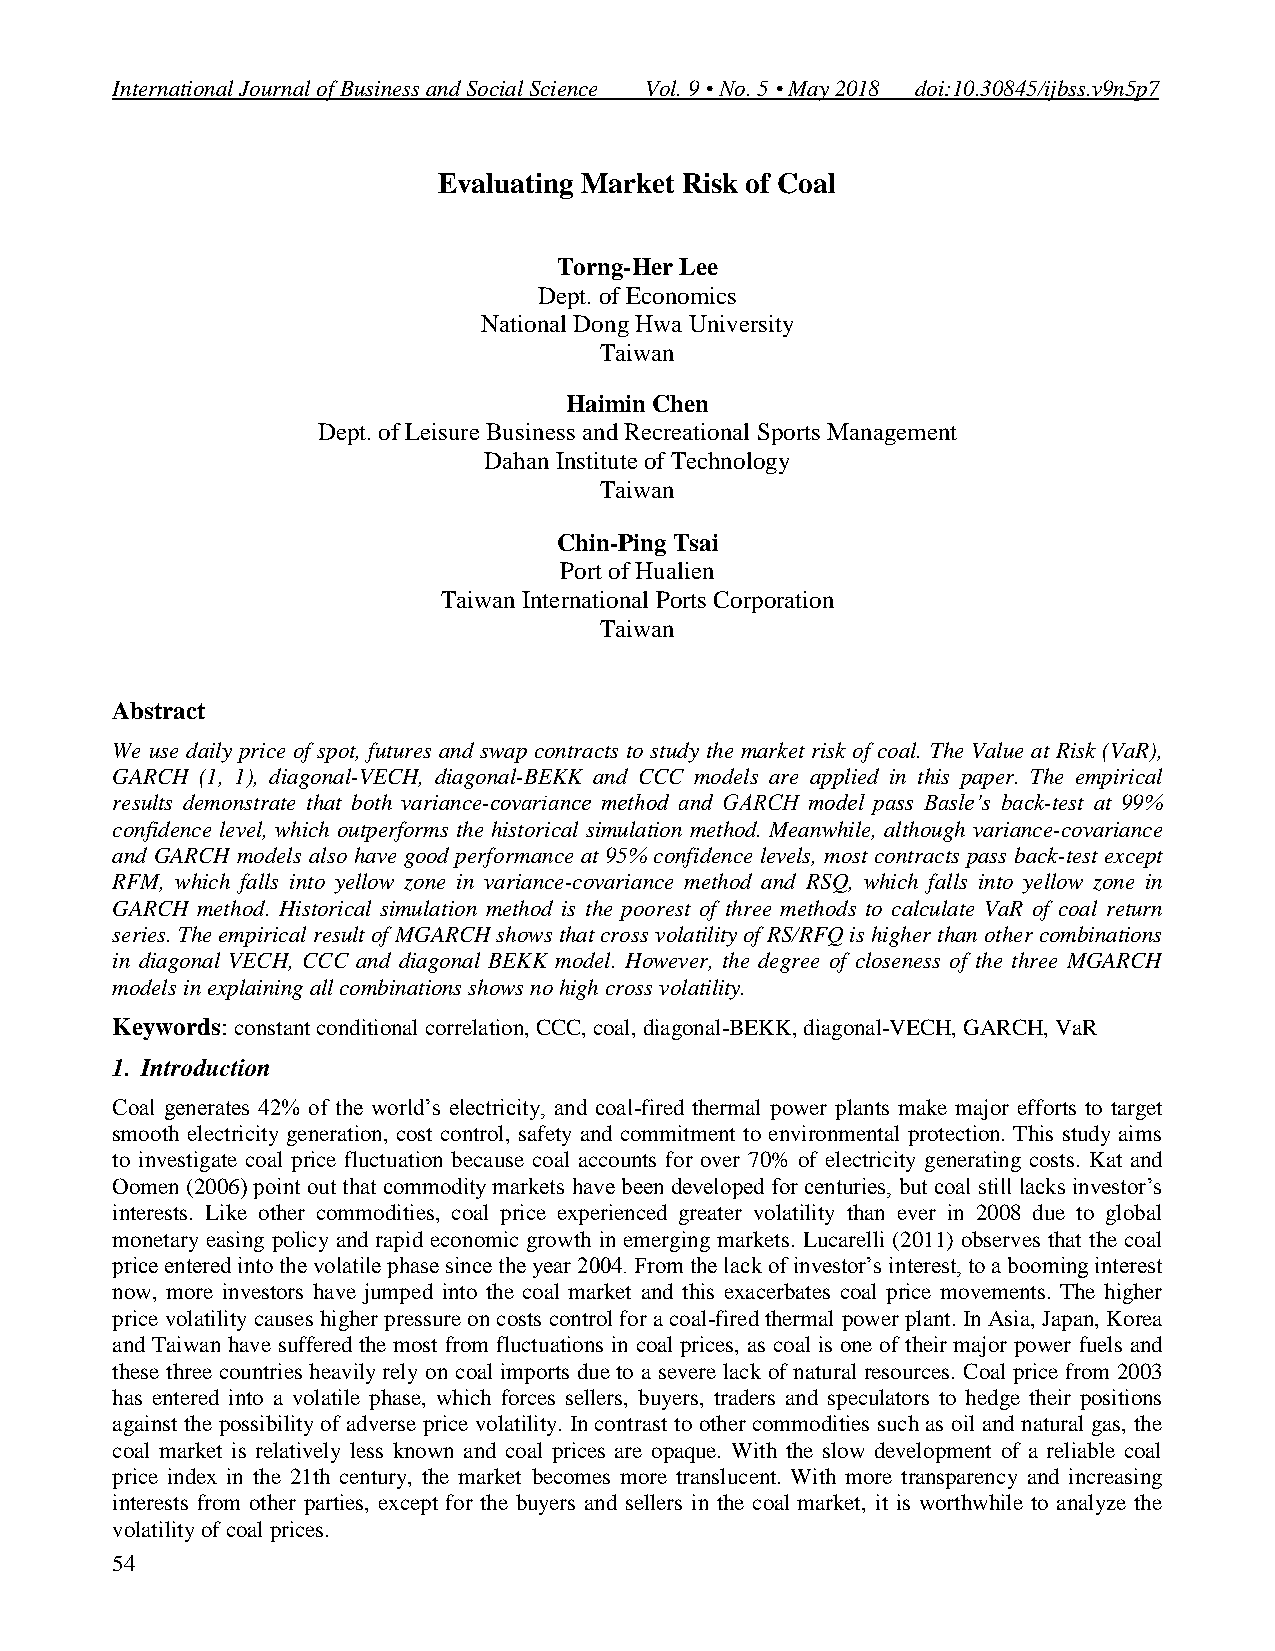
International Journal of Business and Social Science Vol. 9 • No. 5 • May 2018 doi:10.30845/ijbss.v9n5p7
 Evaluating Market Risk of Coal
 Torng-Her Lee
 Dept. of Economics
 National Dong Hwa University
 Taiwan
 Haimin Chen
 Dept. of Leisure Business and Recreational Sports Management
 Dahan Institute of Technology
 Taiwan
 Chin-Ping Tsai
 Port of Hualien
 Taiwan International Ports Corporation
 Taiwan
 Abstract
 We use daily price of spot, futures and swap contracts to study the market risk of coal. The Value at Risk (VaR),
 GARCH (1, 1), diagonal-VECH, diagonal-BEKK and CCC models are applied in this paper. The empirical
 results demonstrate that both variance-covariance method and GARCH model pass Basle’s back-test at 99%
 confidence level, which outperforms the historical simulation method. Meanwhile, although variance-covariance
 and GARCH models also have good performance at 95% confidence levels, most contracts pass back-test except
 RFM, which falls into yellow zone in variance-covariance method and RSQ, which falls into yellow zone in
 GARCH method. Historical simulation method is the poorest of three methods to calculate VaR of coal return
 series. The empirical result of MGARCH shows that cross volatility of RS/RFQ is higher than other combinations
 in diagonal VECH, CCC and diagonal BEKK model. However, the degree of closeness of the three MGARCH
 models in explaining all combinations shows no high cross volatility.
 Keywords: constant conditional correlation, CCC, coal, diagonal-BEKK, diagonal-VECH, GARCH, VaR
 1. Introduction
 Coal generates 42% of the world’s electricity, and coal-fired thermal power plants make major efforts to target
 smooth electricity generation, cost control, safety and commitment to environmental protection. This study aims
 to investigate coal price fluctuation because coal accounts for over 70% of electricity generating costs. Kat and
 Oomen (2006) point out that commodity markets have been developed for centuries, but coal still lacks investor’s
 interests. Like other commodities, coal price experienced greater volatility than ever in 2008 due to global
 monetary easing policy and rapid economic growth in emerging markets. Lucarelli (2011) observes that the coal
 price entered into the volatile phase since the year 2004. From the lack of investor’s interest, to a booming interest
 now, more investors have jumped into the coal market and this exacerbates coal price movements. The higher
 price volatility causes higher pressure on costs control for a coal-fired thermal power plant. In Asia, Japan, Korea
 and Taiwan have suffered the most from fluctuations in coal prices, as coal is one of their major power fuels and
 these three countries heavily rely on coal imports due to a severe lack of natural resources. Coal price from 2003
 has entered into a volatile phase, which forces sellers, buyers, traders and speculators to hedge their positions
 against the possibility of adverse price volatility. In contrast to other commodities such as oil and natural gas, the
 coal market is relatively less known and coal prices are opaque. With the slow development of a reliable coal
 price index in the 21th century, the market becomes more translucent. With more transparency and increasing
 interests from other parties, except for the buyers and sellers in the coal market, it is worthwhile to analyze the
 volatility of coal prices.
 54